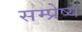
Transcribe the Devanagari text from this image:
सम्प्रेष्य